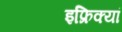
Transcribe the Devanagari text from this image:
इफ्रिक्यां